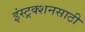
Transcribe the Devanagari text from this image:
इंस्ट्रक्शनसाठी